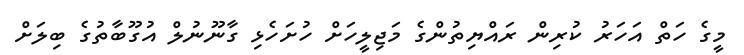
މީގެ ހަތް އަހަރު ކުރިން ރައްޔިތުންގެ މަޖިލީހަށް ހުށަހެޅި ގާނޫނުލް އުގޫބާތުގެ ބިލަށް